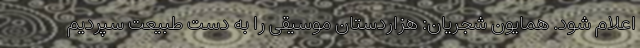
اعلام شود. همایون شجریان: هزاردستان موسیقی را به دست طبیعت سپردیم